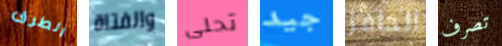
الطرق والفتاة تحلى جيد الحافز تصرف